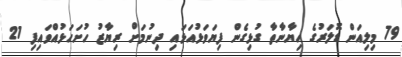
79 މިލިއަން ޑޮލަރުގެ ހިޔާނާތާ ގުޅިގެން ފިޔަވަޅުއަޅައި ދިނުމަށް ރިޔާޒު ހުށަހަޅުއްވައިފި 21